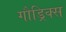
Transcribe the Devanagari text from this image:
गौड्रिक्स